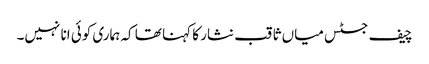
چیف جسٹس میاں ثاقب نثار کا کہنا تھا کہ ہماری کوئی انا نہیں۔